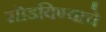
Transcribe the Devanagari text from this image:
सोडविण्‍याचे